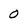
Character: 0